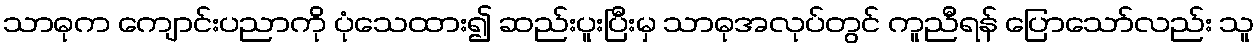
သာဓုက ကျောင်းပညာကို ပုံသေထား၍ ဆည်းပူးပြီးမှ သာဓုအလုပ်တွင် ကူညီရန် ပြောသော်လည်း သူ